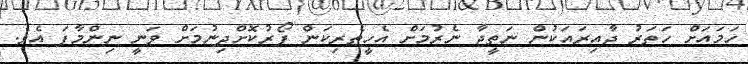
ހަމައަށް ހަތަރު ދާއިރައަކުން ނަތީޖާ ނެރުމަށް އެހީތެރިކަން ފޯރުކޮށްދިނުމަށް ވަނީ ނިންމާފަ އެވެ.